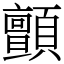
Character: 顫